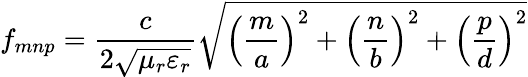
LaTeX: f_{mnp}=\frac{c}{2\sqrt{\mu_{r}\varepsilon_{r}}}\sqrt{\left(\frac{m}{a}\right)^{2}+\left(\frac{n}{b}\right)^{2}+\left(\frac{p}{d}\right)^{2}}